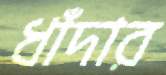
ধাঁদার